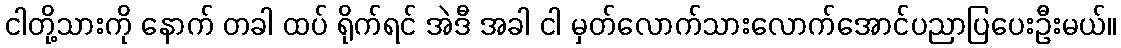
ငါတို့သားကို နောက် တခါ ထပ် ရိုက်ရင် အဲဒီ အခါ ငါ မှတ်လောက်သားလောက်အောင်ပညာပြပေးဦးမယ်။